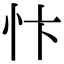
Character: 忭